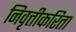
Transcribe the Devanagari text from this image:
निवृत्तीकरिता